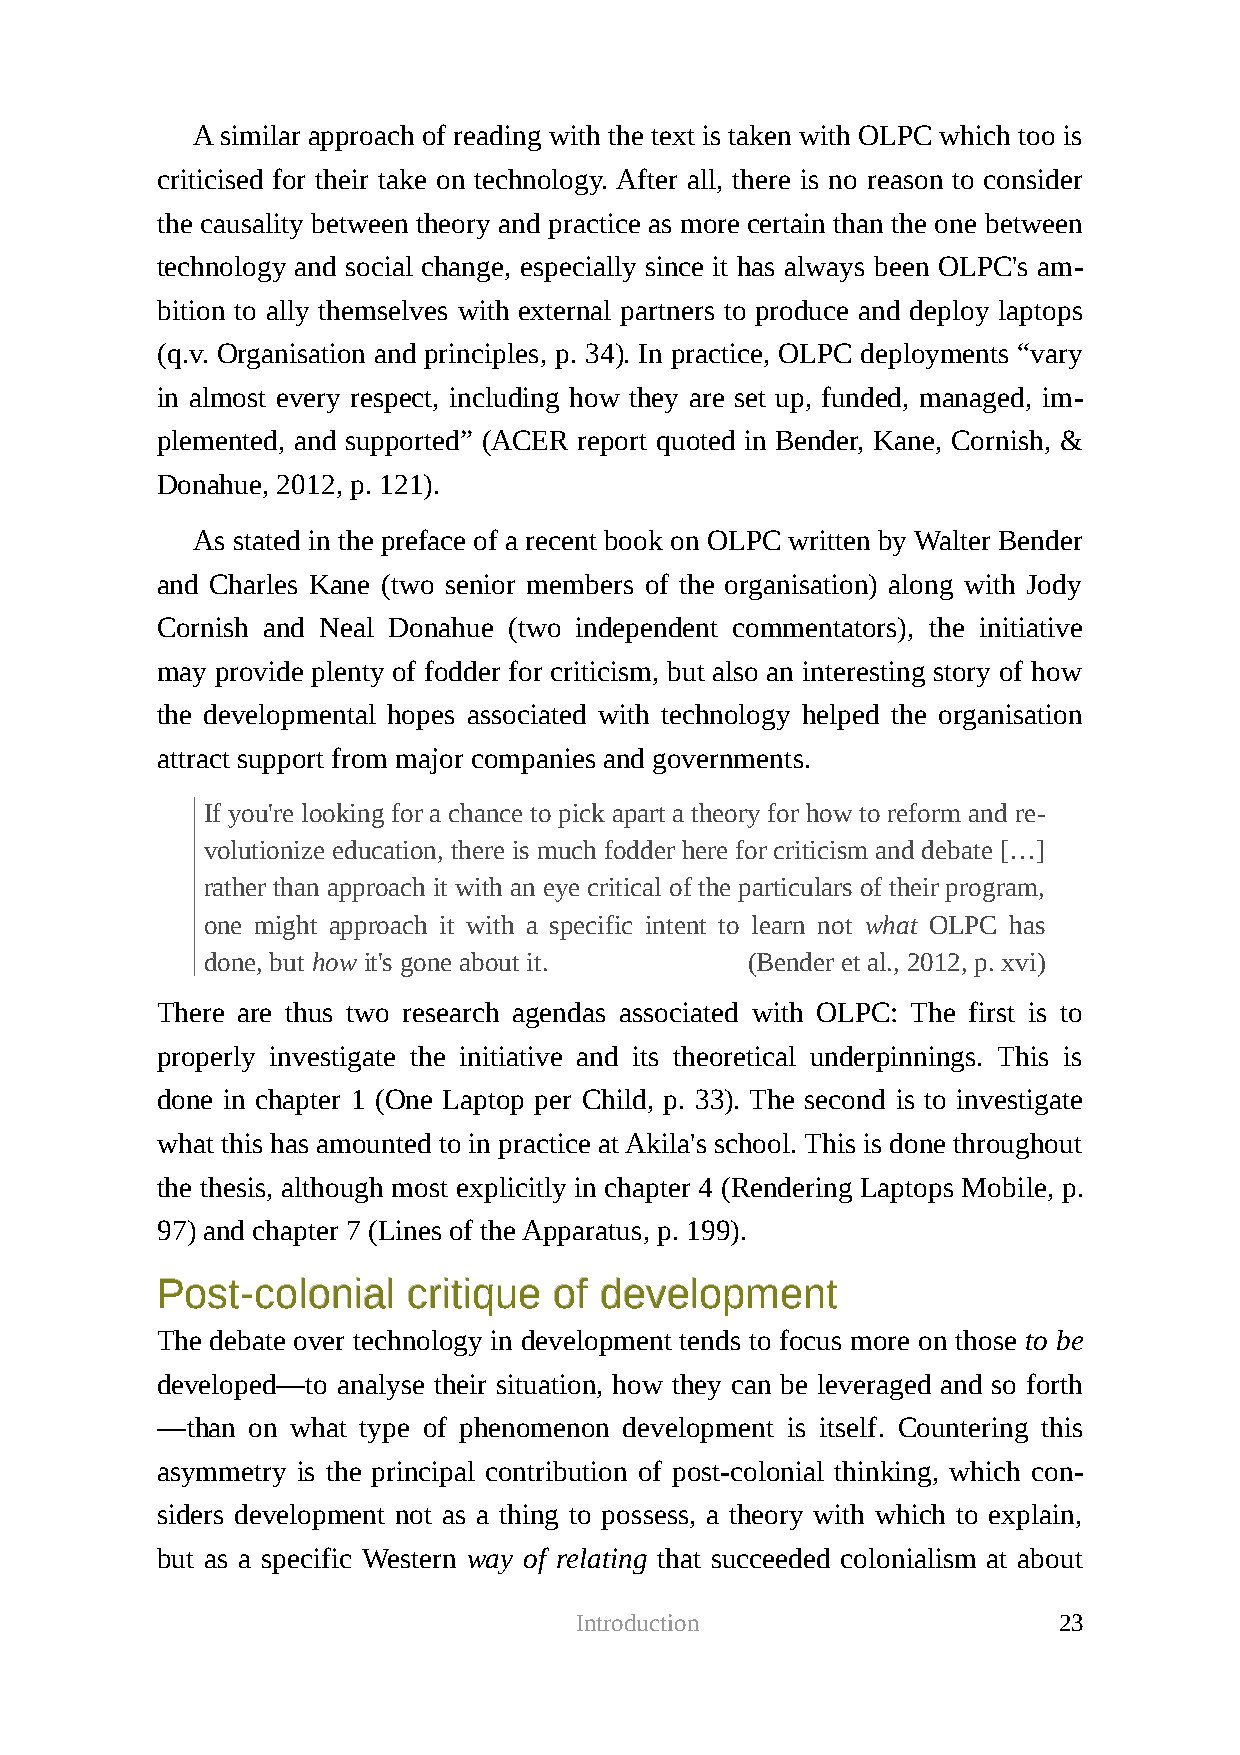
A similar approach of reading with the text is taken with OLPC which too is
 criticised for their take on technology. After all, there is no reason to consider
 the causality between theory and practice as more certain than the one between
 technology and social change, especially since it has always been OLPC's am-
 bition to ally themselves with external partners to produce and deploy laptops
 (q.v. Organisation and principles, p. 34). In practice, OLPC deployments “vary
 in almost every respect, including how they are set up, funded, managed, im-
 plemented, and supported” (ACER report quoted in Bender, Kane, Cornish, &
 Donahue, 2012, p. 121).
 As stated in the preface of a recent book on OLPC written by Walter Bender
 and Charles Kane (two senior members of the organisation) along with Jody
 Cornish and Neal Donahue (two independent commentators), the initiative
 may provide plenty of fodder for criticism, but also an interesting story of how
 the developmental hopes associated with technology helped the organisation
 attract support from major companies and governments.
 If you're looking for a chance to pick apart a theory for how to reform and re-
 volutionize education, there is much fodder here for criticism and debate […]
 rather than approach it with an eye critical of the particulars of their program,
 one might approach it with a specific intent to learn not what OLPC has
 done, but how it's gone about it.  (Bender et al., 2012, p. xvi)
 There are thus two research agendas associated with OLPC: The first is to
 properly investigate the initiative and its theoretical underpinnings. This is
 done in chapter 1 (One Laptop per Child, p. 33). The second is to investigate
 what this has amounted to in practice at Akila's school. This is done throughout
 the thesis, although most explicitly in chapter 4 (Rendering Laptops Mobile, p.
 97) and chapter 7 (Lines of the Apparatus, p. 199).
 PPoosstt--ccoolloonniiaall ccrriittiiqquuee ooff ddeevveellooppmmeenntt
 The debate over technology in development tends to focus more on those to be
 developed—to analyse their situation, how they can be leveraged and so forth
 —than  on what type of phenomenon development is itself. Countering this
 asymmetry is the principal contribution of post-colonial thinking, which con-
 siders development not as a thing to possess, a theory with which to explain,
 but as a specific Western way of relating that succeeded colonialism at about
 Introduction                    23